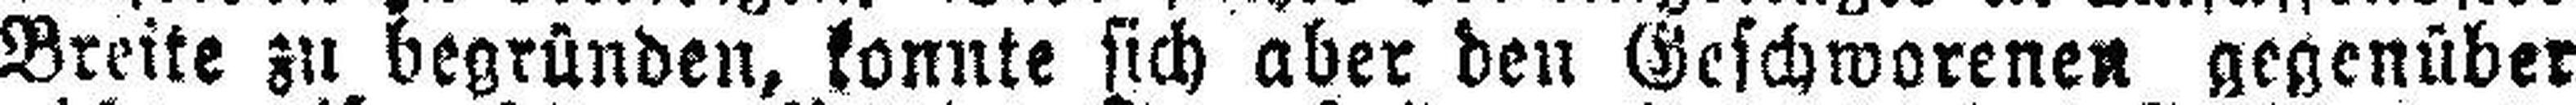
Breite zu begründen, konnte sich aber den Geschworenen gegenüber